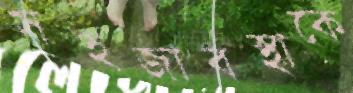
সহজাবস্থাকে